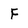
Character: f